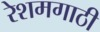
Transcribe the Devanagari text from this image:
रेशमगाठी